Malarial fevers
Disease focus: Malaria
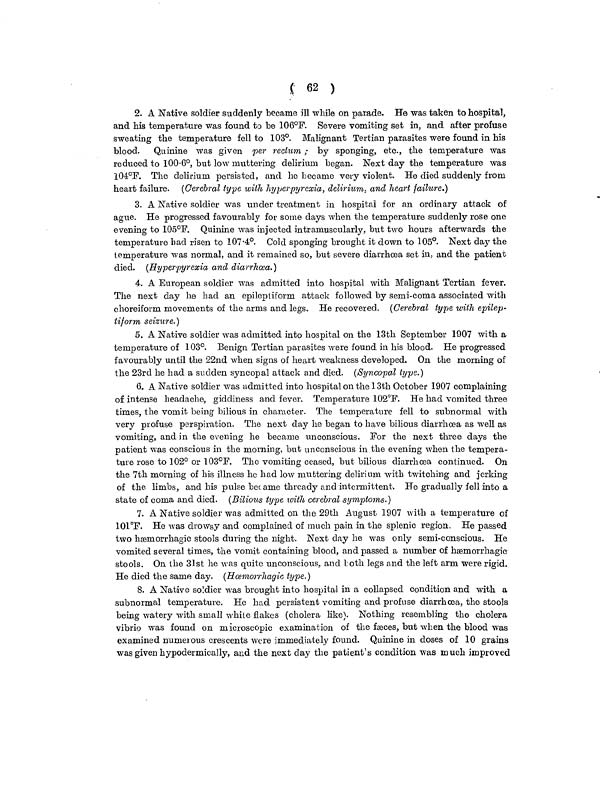
( 62 )
2. A Native soldier suddenly became ill while on parade. He was taken to hospital,
and his temperature was found to be 106°F. Severe vomiting set in, and after profuse
sweating the temperature fell to 103°. Malignant Tertian parasites were found in his
blood. Quinine was given per rectum ; by sponging, etc., the temperature was
reduced to 100.6°, but low muttering delirium began. Next day the temperature was
104°F. The delirium persisted, and he became very violent. He died suddenly from
heart failure. (Cerebral type with hyperpyrexia, delirium, and heart failure.)
3. A Native soldier was under treatment in hospital for an ordinary attack of
ague. He progressed favourably for some days Avhen the temperature suddenly rose one
evening to 105°F. Quinine was injected intramuscularly, but two hours afterwards the
temperature bad risen to 107.4°. Cold sponging brought it down to 105°. Next day the
temperature was normal, and it remained so, but severe diarrhæa set in, and the patient
died. (Hyperpyrexia and diarrhæa.)
4. A European soldier was admitted into hospital with Malignant Tertian fever.
The next day he had an epileptiform attack followed by semi-coma associated with
choreiform movements of the arms and legs. He recovered. (Cerebral type with epilep-
tiform seizure.)
5. A Native soldier was admitted into hospital on the 13th September 1907 with a
temperature of 103°. Beniga Tertian parasites were found in his blood. He progressed
favourably until the 22nd when signs of heart weakness developed. On the morning of
the 23rd he had a sudden syncopal attack and died. (Syncopal type.)
6. A Native soldier was admitted into hospital on the 13th October 1907 complaining
of intense headache, giddiness and fever. Temperature 102°F. He had vomited three
times, the vomit being bilious in character. The temperature fell to subnormal with
very profuse perspiration. The next day he began to have bilious diarrhoea as well as
vomiting, and in the evening he became unconscious. For the next three days the
patient was conscious in the morning, but unconscious in the evening when the tempera-
ture rose to 102° or 103°F. The vomiting ceased, but bilious diarrhæa continued. On
the 7th morning of his illness he had low muttering delirium with twitching and jerking
of the limbs, and his pulse became thready and intermittent. He gradually fell into a
state of coma and died. (Bilious type with cerebral symptoms.)
7. A Native soldier was admitted on the 29th August 1907 with a temperature of
101°F. He was drowsy and complained of much pain in the splenic region. He passed
two hæmorrhagic stools during the night. Next clay he was only semi-conscious. He
vomited several times, the vomit containing blood, and passed a number of hæmorrhagic
stools. On the 31st he was quite unconscious, and both legs and the left arm were rigid.
He died the same day. (Hosmorrhagic type.)
8. A Native soldier was brought into hospital in a collapsed condition and with a
subnormal temperature. He had persistent vomiting and profuse diarrhæa, the stools
being watery with small white flakes (cholera like). Nothing resembling the cholera
vibrio was found on microscopic examination of the fæces, but when the blood was
examined numerous crescents were immediately found. Quinine in doses of 10 grains
was given hypodermically, and the next day the patient's condition was much improved